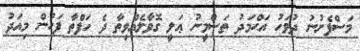
މަސްފެށުނު ދުވަހު އަޙްމަދު ތަސްމީނު ޢަލީ ގޮވާލެއްވިތާ ދެ ހަފްތާ ފަހުން މިއަދު